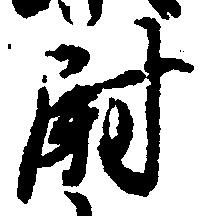
尉